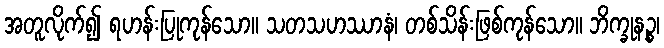
အတူလိုက်၍ ရဟန်းပြုကုန်သော။ သတသဟဿာနံ၊ တစ်သိန်းဖြစ်ကုန်သော။ ဘိက္ခုနဉ္စ၊